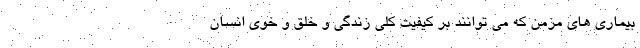
بیماری های مزمن که می توانند بر کیفیت کلی زندگی و خلق و خوی انسان